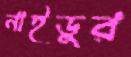
নাইডুর